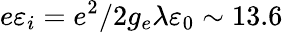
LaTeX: e\varepsilon_{i}=e^{2}/2g_{e}\lambda\varepsilon_{0}\sim 13.6